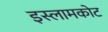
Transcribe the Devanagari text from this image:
इस्लामकोट